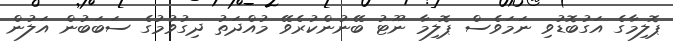
ޕޮލިމާގެ އަގުބޮޑުވި ނަމަވެސް ޕޮލިމާ ނޫޓު ބޭނުންކުރެވޭ މުއްދަތު ދިގުވުމުގެ ސަބަބުން އަލުން